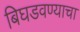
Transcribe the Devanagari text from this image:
बिघडवण्याचा